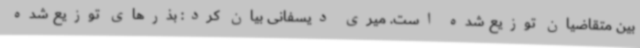
بین متقاضیان توزیع شده است. میری‌ دیسفانی بیان کرد: بذرهای توزیع شده